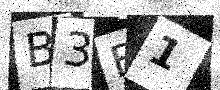
Text: B3B1